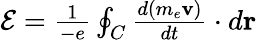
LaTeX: \begin{array}{r}{{\cal E}={\frac{1}{-e}}\oint_{C}{\frac{d(m_{e}{\mathbf v})}{dt}}\cdot d{\mathbf r}}\end{array}